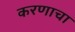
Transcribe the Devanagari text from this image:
करणाचा